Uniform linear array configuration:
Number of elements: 8
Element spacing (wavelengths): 1
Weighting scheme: blackman
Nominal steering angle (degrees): -30
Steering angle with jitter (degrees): -31.868
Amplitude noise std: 0.05
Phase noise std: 0.05

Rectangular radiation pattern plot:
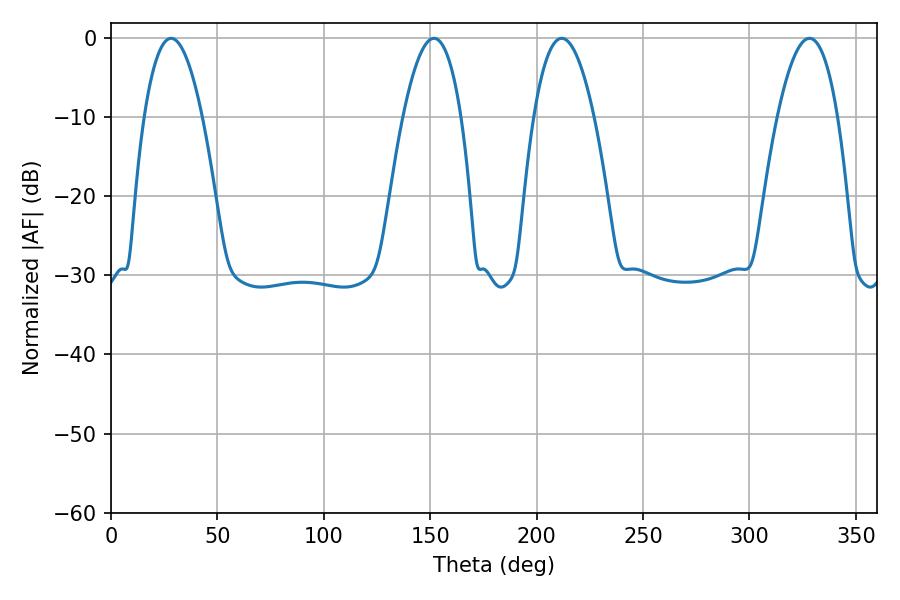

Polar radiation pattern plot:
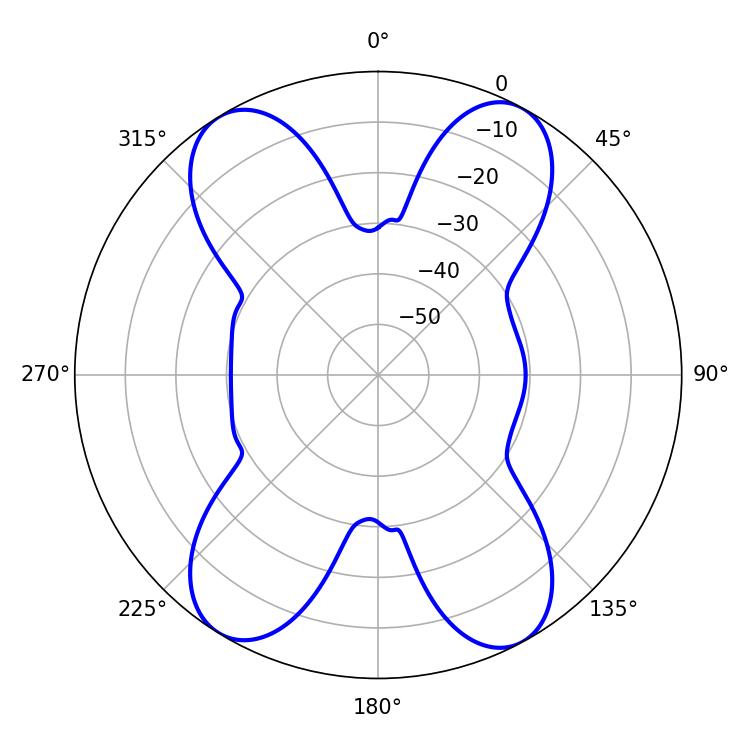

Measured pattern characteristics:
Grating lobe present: TRUE
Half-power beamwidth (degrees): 14.94
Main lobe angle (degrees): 28.26